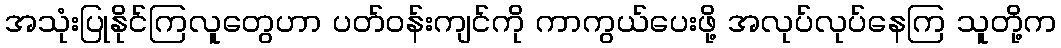
အသုံးပြုနိုင်ကြလူတွေဟာ ပတ်ဝန်းကျင်ကို ကာကွယ်ပေးဖို့ အလုပ်လုပ်နေကြ သူတို့က